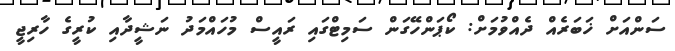
ސަންއަށް ޚަބަރެއް ދެއްވުމަށް: ކޯޕަންހޭގަން ސަމިޓްގައި ރައީސް މުހައްމަދު ނަޝީދާއި ކުރީގެ ހާރިޖީ